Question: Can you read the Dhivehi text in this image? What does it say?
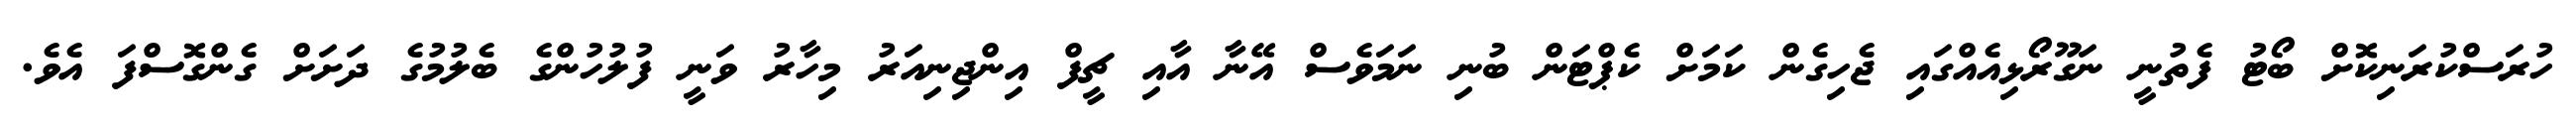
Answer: ހުރަސްކުރަނިކޮށް ބޯޓު ފެތުނީ ނަގޫރޯޅިއެއްގައި ޖެހިގެން ކަމަށް ކެޕްޓަން ބުނި ނަމަވެސް އޭނާ އާއި ޗީފް އިންޖިނިއަރު މިހާރު ވަނީ ފުލުހުންގެ ބެލުމުގެ ދަށަށް ގެންގޮސްފަ އެވެ.